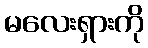
မလေးရှားကို